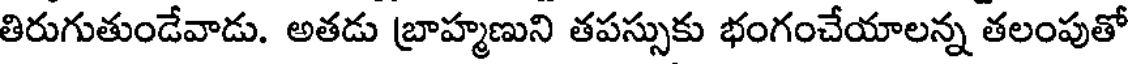
తిరుగుతుండేవాడు. అతడు బ్రాహ్మణుని తపస్సుకు భంగంచేయాలన్న తలంపుతో